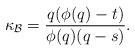
LaTeX: \begin{align*}\kappa_\mathcal{B}=\frac{q(\phi(q)-t)}{\phi(q)(q-s)}.\end{align*}